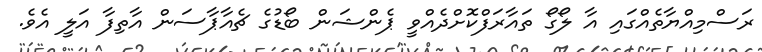
ރަސްމިއްޔާތެއްގައި އާ ލޯގޯ ތައާރަފްކޮށްދެއްވީ ޕެންޝަން ބޯޑުގެ ޗެއާޕާސަން އާތިފާ އަލީ އެވެ.